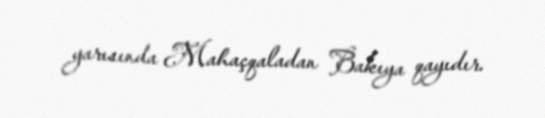
yarısında Mahaçqaladan Bakıya qayıdır.